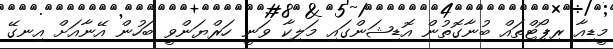
މީޑިއާ ރިޕޯޓްތައް ބުނާގޮތުން އޮޑިޝަންގައި މަލިކާ ވަނީ ހަރްޔަންވީ ބަހުން އޭނާއަށް އިނގޭ